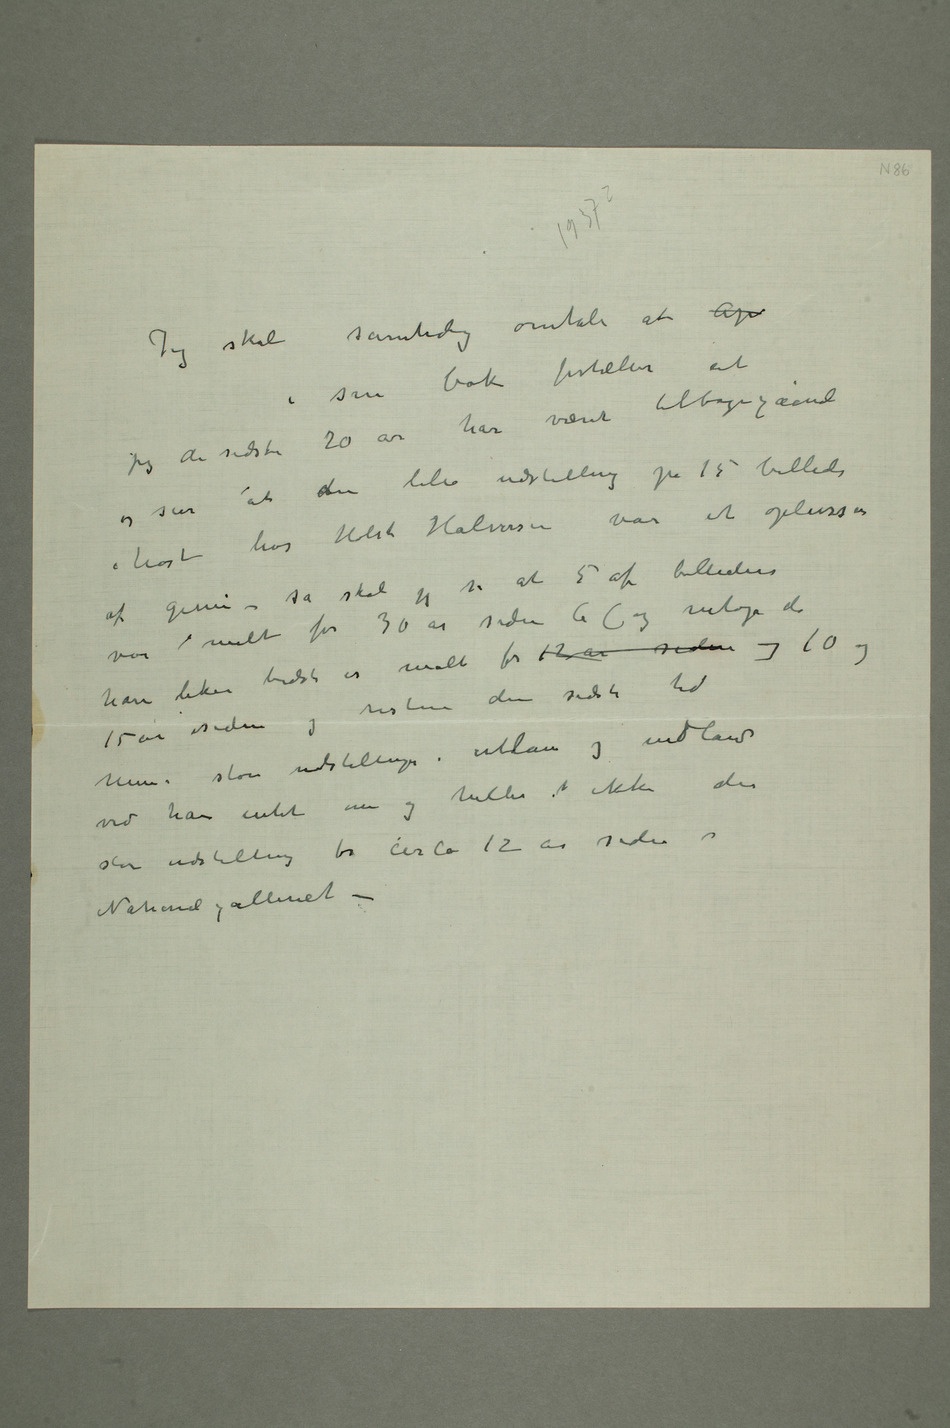
Jeg skal samtidig omtale at A i sin
bok fortæller at
tilbagegående og
at den lille udstilling på 15 billeder i
så skal jeg si at 5 af billedene var
malt for 30 år siden Ca (og netop de
malt for 12 år siden 10 og 15 år
siden og
resten den sidste tid
utlan og indland
ved han intet om og heller ikke den
store udstilling for circa 12 år siden i
Nationalgalleriet –